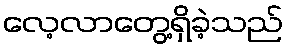
လေ့လာတွေ့ရှိခဲ့သည်